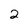
Character: 2